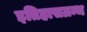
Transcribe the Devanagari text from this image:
इतिहासग्रन्थ